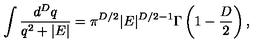
\int \frac { d ^ { { D } } q } { q ^ { 2 } + | E | } = \pi ^ { { D } / 2 } | E | ^ { { D } / 2 - 1 } \Gamma \left( 1 - \frac { D } { 2 } \right) ,